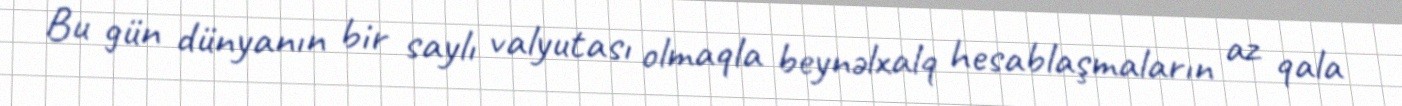
Bu gün dünyanın bir saylı valyutası olmaqla beynəlxalq hesablaşmaların az qala